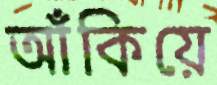
আঁকিয়ে